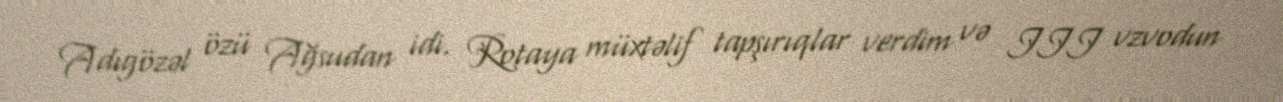
Adıgözəl özü Ağsudan idi. Rotaya müxtəlif tapşırıqlar verdim və III vzvodun